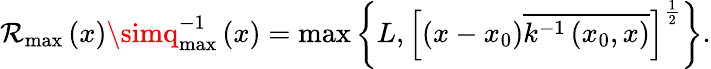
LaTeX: \mathcal{R}_{\operatorname*{max}}\left(x\right)\simq_{\operatorname*{max}}^{-1}\left(x\right)=\operatorname*{max}\left\{ L,\left[\left(x-x_{0}\right)\overline{{{{k^{-1}\left(x_{0},x\right)}}}}\right]^{\frac{1}{2}}\right\} .